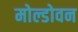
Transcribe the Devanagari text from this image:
मोल्डोवन